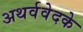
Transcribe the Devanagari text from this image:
अथर्ववेदके